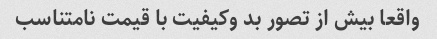
واقعا بیش از تصور بد وکیفیت با قیمت نامتناسب